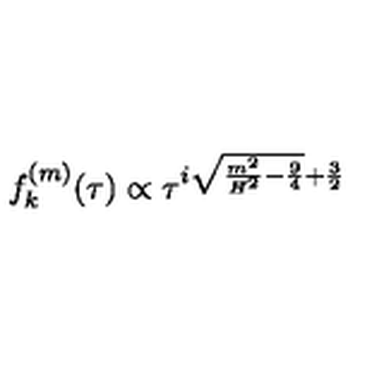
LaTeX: f _ { k } ^ { ( m ) } ( \tau ) \propto \tau ^ { i \sqrt { \frac { m ^ { 2 } } { H ^ { 2 } } - \frac { 9 } { 4 } } + \frac { 3 } { 2 } }